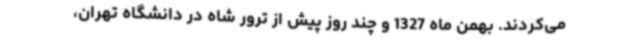
می‌کردند. بهمن ماه 1327 و چند روز پیش از ترور شاه در دانشگاه تهران،